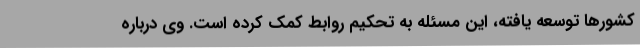
کشورها توسعه یافته، این مسئله به تحکیم روابط کمک کرده است. وی درباره